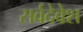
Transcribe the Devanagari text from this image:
सर्वदेवेश